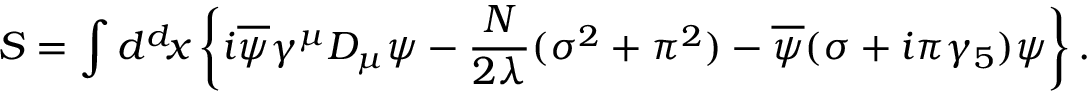
S = \int d ^ { d } \! x \left\{ i \overline { { { \psi } } } \gamma ^ { \mu } D _ { \mu } \psi - { \frac { N } { 2 \lambda } } ( \sigma ^ { 2 } + \pi ^ { 2 } ) - \overline { { { \psi } } } ( \sigma + i \pi \gamma _ { 5 } ) \psi \right\} .